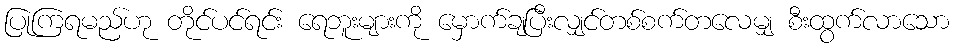
ပြုကြရမည်ဟု တိုင်ပင်ရင်း ရေဘူးများကို မှောက်ချပြီးလျှင်တစ်စက်တလေမျှ စီးထွက်လာသော